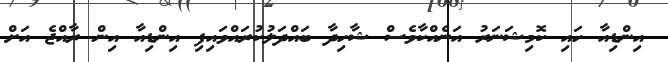
އިންޑިއާ ހައި ކޮމިޝަނަރު އަނެއްކާވެސް ޝާހިދާ ބައްދަލުކުރައްވައިފި އިންޑިއާ އިން ރާއްޖެ އަށް